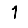
Digit: 1